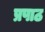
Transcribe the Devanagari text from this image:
प्रपाठ